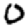
Digit: 0